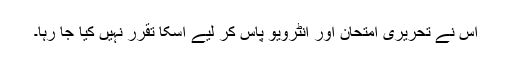
اس نے تحریری امتحان اور انٹرویو پاس کر لیے اسکا تقرر نہیں کیا جا رہا۔